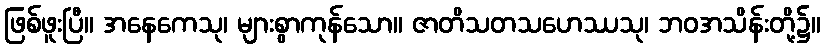
ဖြစ်ဖူးပြီ။ အနေကေသု၊ များစွာကုန်သော။ ဇာတိသတသဟေဿသု၊ ဘဝအသိန်းတို့၌။